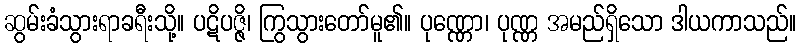
ဆွမ်းခံသွားရာခရီးသို့။ ပဋိပဇ္ဇိ၊ ကြွသွားတော်မူ၏။ ပုဏ္ဏော၊ ပုဏ္ဏ အမည်ရှိသော ဒါယကာသည်။